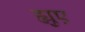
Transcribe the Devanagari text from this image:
ह्युए